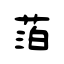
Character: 萡